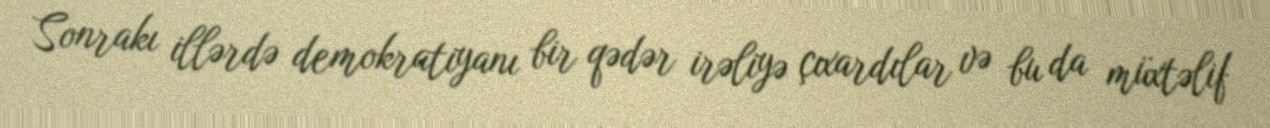
Sonrakı illərdə demokratiyanı bir qədər irəliyə çıxardılar və bu da müxtəlif